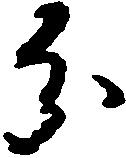
分